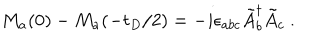
LaTeX: M _ { a } ( 0 ) - M _ { a } ( - t _ { D } / 2 ) = - i \epsilon _ { a b c } \tilde { A } _ { b } ^ { \dagger } \tilde { A } _ { c } ~ .